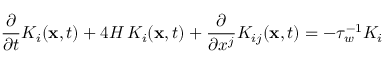
\frac { \partial } { \partial t } { K } _ { i } ( { \bf x } , t ) + 4 H \, K _ { i } ( { \bf x } , t ) + \frac { \partial } { \partial x ^ { j } } { K } _ { i j } ( { \bf x } , t ) = - \tau _ { w } ^ { - 1 } K _ { i }